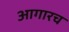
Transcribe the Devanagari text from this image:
आगारच